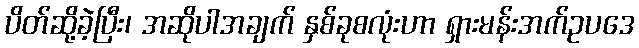
ပိတ်ဆို့ခဲ့ပြီး၊ အဆိုပါအချက် နှစ်ခုစလုံးဟာ ရှားမန်းအက်ဥပဒေ